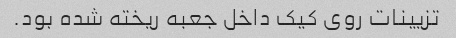
تزیینات روی کیک داخل جعبه ریخته شده بود.